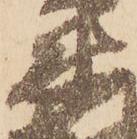
衛